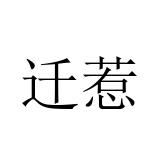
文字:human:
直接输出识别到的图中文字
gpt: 迁惹